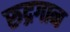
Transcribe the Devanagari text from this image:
रुद्रगान